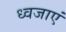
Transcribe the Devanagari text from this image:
ध्वजाएं